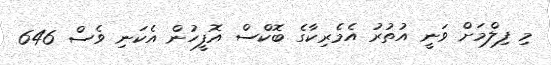
މި ފިލްމަށް ވަނީ އުތުރު އެމެރިކާގެ ބޮކްސް އޮފީހުން އެކަނި ވެސް 646